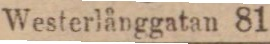
(1369) Westerlånggatan 81.